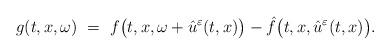
LaTeX: \begin{align*} g(t,x,\omega)~=~f\bigl(t,x,\omega+\hat u^{\varepsilon}(t,x)\bigr) -\hat f\bigl(t,x,\hat u^{\varepsilon}(t,x)\bigr).\end{align*}